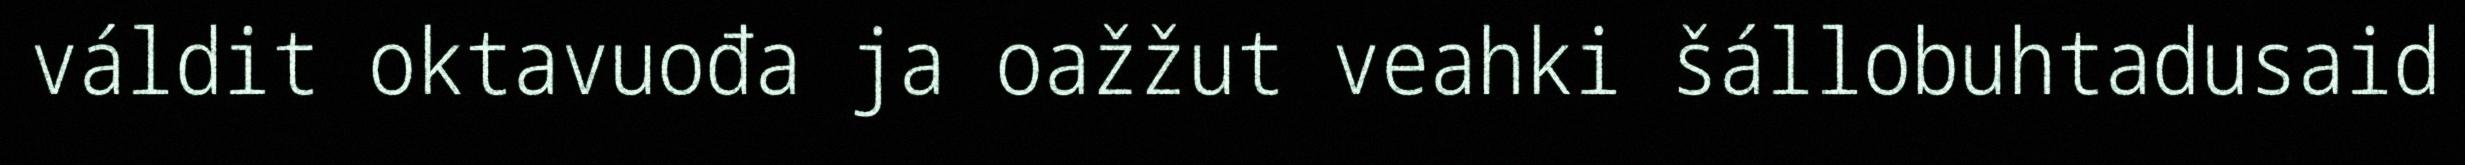
váldit oktavuođa ja oažžut veahki šállobuhtadusaid